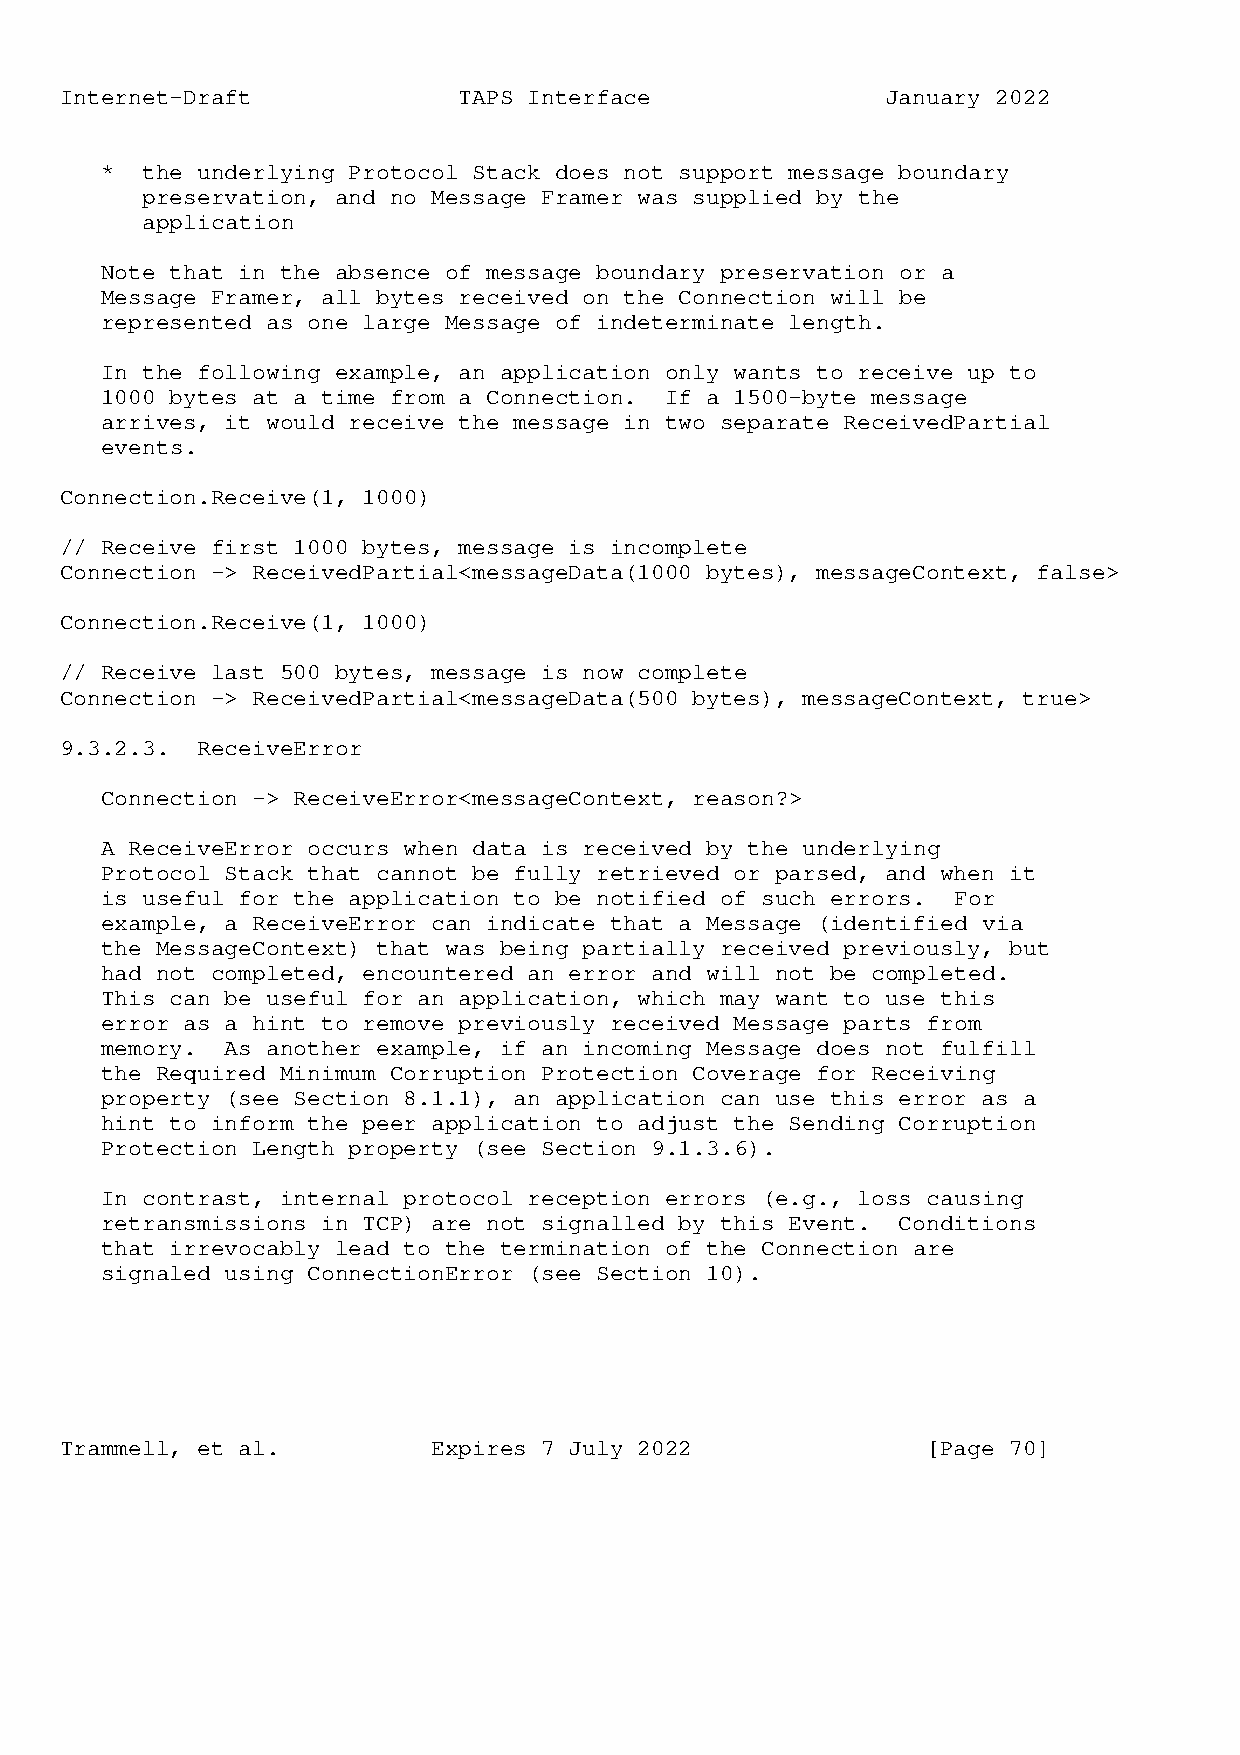
Internet-Draft            TAPS Interface               January 2022
 * the underlying Protocol Stack does not support message boundary
 preservation, and no Message Framer was supplied by the
 application
 Note that in the absence of message boundary preservation or a
 Message Framer, all bytes received on the Connection will be
 represented as one large Message of indeterminate length.
 In the following example, an application only wants to receive up to
 1000 bytes at a time from a Connection. If a 1500-byte message
 arrives, it would receive the message in two separate ReceivedPartial
 events.
 Connection.Receive(1, 1000)
 // Receive first 1000 bytes, message is incomplete
 Connection -> ReceivedPartial<messageData(1000 bytes), messageContext, false>
 Connection.Receive(1, 1000)
 // Receive last 500 bytes, message is now complete
 Connection -> ReceivedPartial<messageData(500 bytes), messageContext, true>
 9.3.2.3. ReceiveError
 Connection -> ReceiveError<messageContext, reason?>
 A ReceiveError occurs when data is received by the underlying
 Protocol Stack that cannot be fully retrieved or parsed, and when it
 is useful for the application to be notified of such errors. For
 example, a ReceiveError can indicate that a Message (identified via
 the MessageContext) that was being partially received previously, but
 had not completed, encountered an error and will not be completed.
 This can be useful for an application, which may want to use this
 error as a hint to remove previously received Message parts from
 memory. As another example, if an incoming Message does not fulfill
 the Required Minimum Corruption Protection Coverage for Receiving
 property (see Section 8.1.1), an application can use this error as a
 hint to inform the peer application to adjust the Sending Corruption
 Protection Length property (see Section 9.1.3.6).
 In contrast, internal protocol reception errors (e.g., loss causing
 retransmissions in TCP) are not signalled by this Event. Conditions
 that irrevocably lead to the termination of the Connection are
 signaled using ConnectionError (see Section 10).
 Trammell, et al.         Expires 7 July 2022             [Page 70]